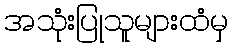
အသုံးပြုသူများထံမှ